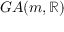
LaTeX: G A ( m , \mathbb { R } )